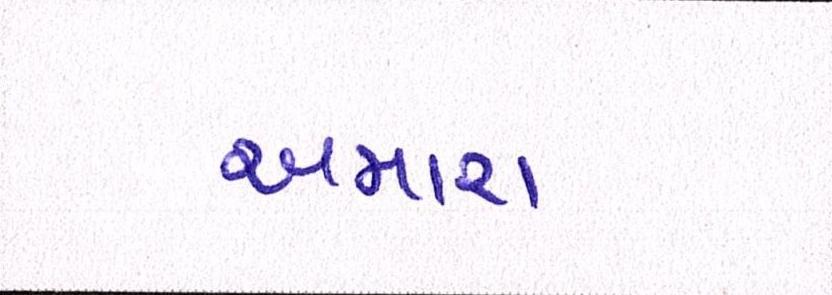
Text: અમારા